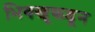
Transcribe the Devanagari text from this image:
भिक्खूकडून